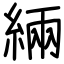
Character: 緉